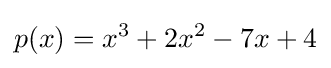
p(x)=x^{3}+2x^{2}-7x+4